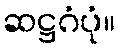
ဆဋ္ဌဂံပုံ။